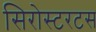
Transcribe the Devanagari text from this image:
सिरोस्टरटस